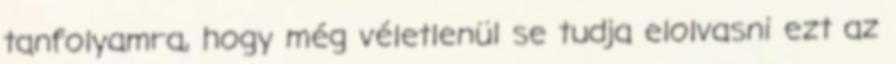
tanfolyamra, hogy még véletlenül se tudja elolvasni ezt az